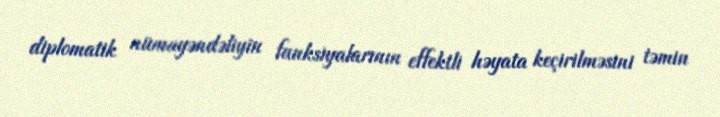
diplomatik nümayəndəliyin funksiyalarının effektli həyata keçirilməsini təmin